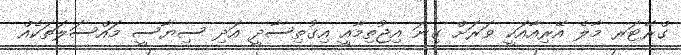
ގްރޭޓަރ މާލެ އޭރިއާއަކީ ވަރަށް ގިނަ އިޖުތިމާއީ އިގުތިސާދީ އަދި ސިޔާސީ މައްސަލަތަކެއް